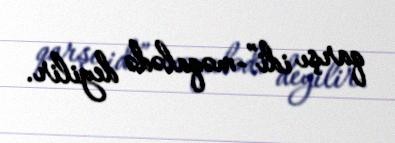
qarşı idi”-məqalədə deyilir.